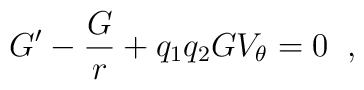
G'-\frac{G}{r}+q_{1}q_{2}GV_{\theta}=0 \;\;,